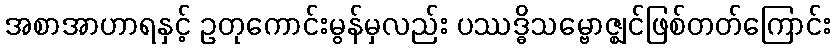
အစာအာဟာရနှင့် ဥတုကောင်းမွန်မှလည်း ပဿဒ္ဓိသမ္ဗောဇ္ဈင်ဖြစ်တတ်ကြောင်း